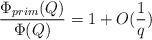
LaTeX: \begin{align*}\frac{\Phi_{prim}(Q)}{\Phi(Q)}=1+O(\frac{1}{q})\end{align*}